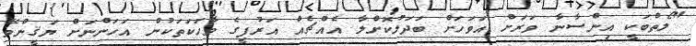
"ލޯތްބަކީ އިންސާނާ ވަރަށް އަވަހަށް ބަދަލުކޮށްލާ އެއްޗެއް އަރުފީގެ ވާހަކަތަކުން އަހަންނަށް ޔަޤީންވޭ